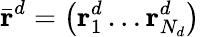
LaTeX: \bar{\textbf{r}}^{d}=\left(\textbf{r}_{1}^{d}\ldots\textbf{r}_{N_{d}}^{d}\right)